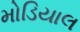
મોડિયાલ